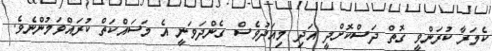
ކެމަރާ ކުރަންވީ ގޮތް ދަސްކޮށްދީ އަދި މިއަދުވެސް ގެންދަވަނީ އެ މަސައްކަތް ކުރައްވަމުންނެވެ.